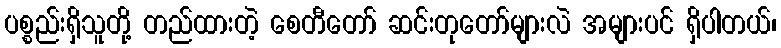
ပစ္စည်းရှိသူတို့ တည်ထားတဲ့ စေတီတော် ဆင်းတုတော်များလဲ အများပင် ရှိပါတယ်၊